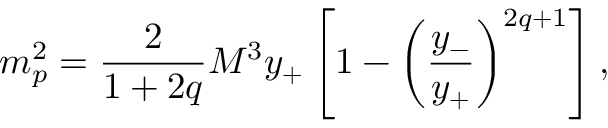
m _ { p } ^ { 2 } = { \frac { 2 } { 1 + 2 q } } { M ^ { 3 } y _ { + } } \left[ 1 - \left( { \frac { y _ { - } } { y _ { + } } } \right) ^ { 2 q + 1 } \right] ,